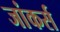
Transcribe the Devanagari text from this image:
जांकर्स